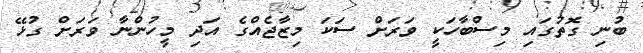
ބުނި ގޮތުގައި މިސްބާހަކީ ވަރަށް ސަކަ މިޒާޖެއްގެ އަދި މީހުންނާ ވަރަށް ގުޅޭ